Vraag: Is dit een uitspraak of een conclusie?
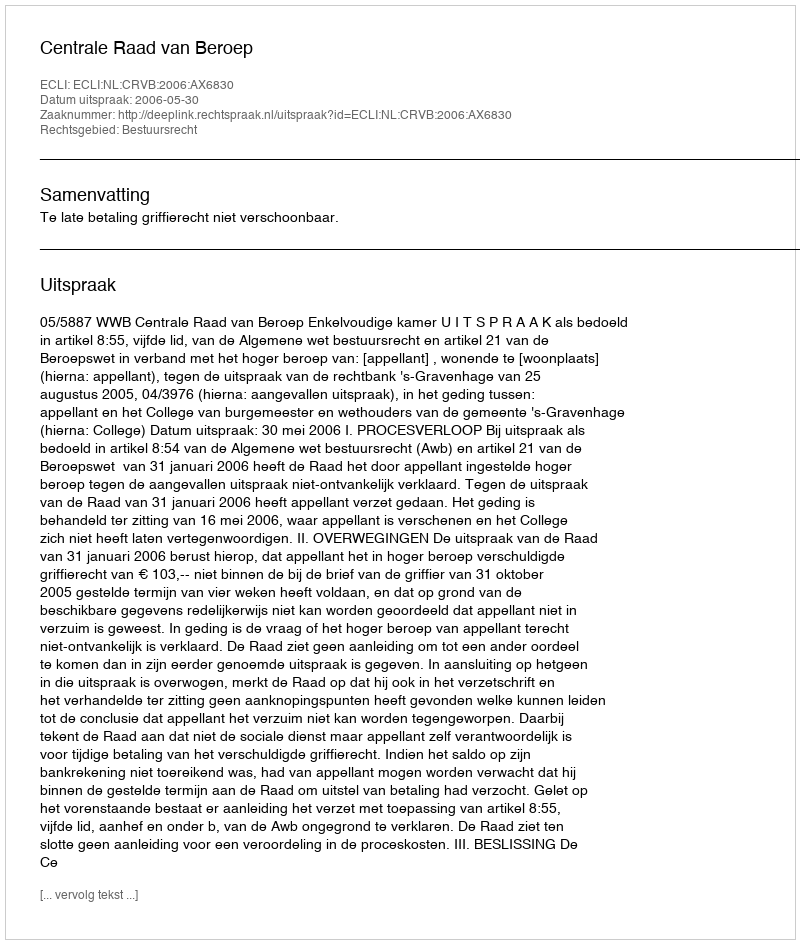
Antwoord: Uitspraak